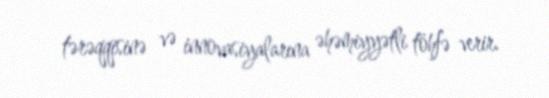
tərəqqisinə və innovasiyalarına əhəmiyyətli töhfə verir.